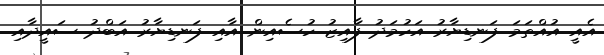
އެއީ އުއްތަމަ ފަނޑިޔާރު އަހުމަދު ފާއިޒު ހުސެއިން އާއި ފަނޑިޔާރު އަބްދު ސައީދާއި